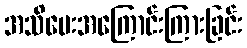
အသိပေးအကြောင်းကြားခြင်း